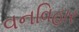
વનવિહાર